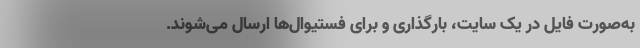
به‌صورت فایل در یک سایت، بارگذاری و برای فستیوال‌ها ارسال می‌شوند.